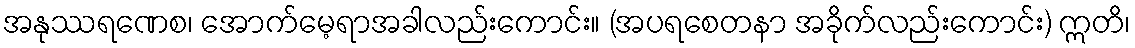
အနုဿရဏေစ၊ အောက်မေ့ရာအခါလည်းကောင်း။ (အပရစေတနာ အခိုက်လည်းကောင်း) ဣတိ၊